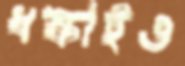
ধস্‌কাইও